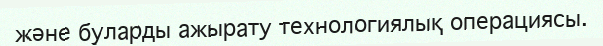
және буларды ажырату технологиялық операциясы.